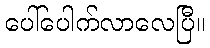
ပေါ်ပေါက်လာလေပြီ။